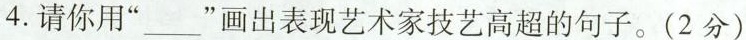
4.请你用”___”画出表现艺术家技艺高超的句子。(2分)